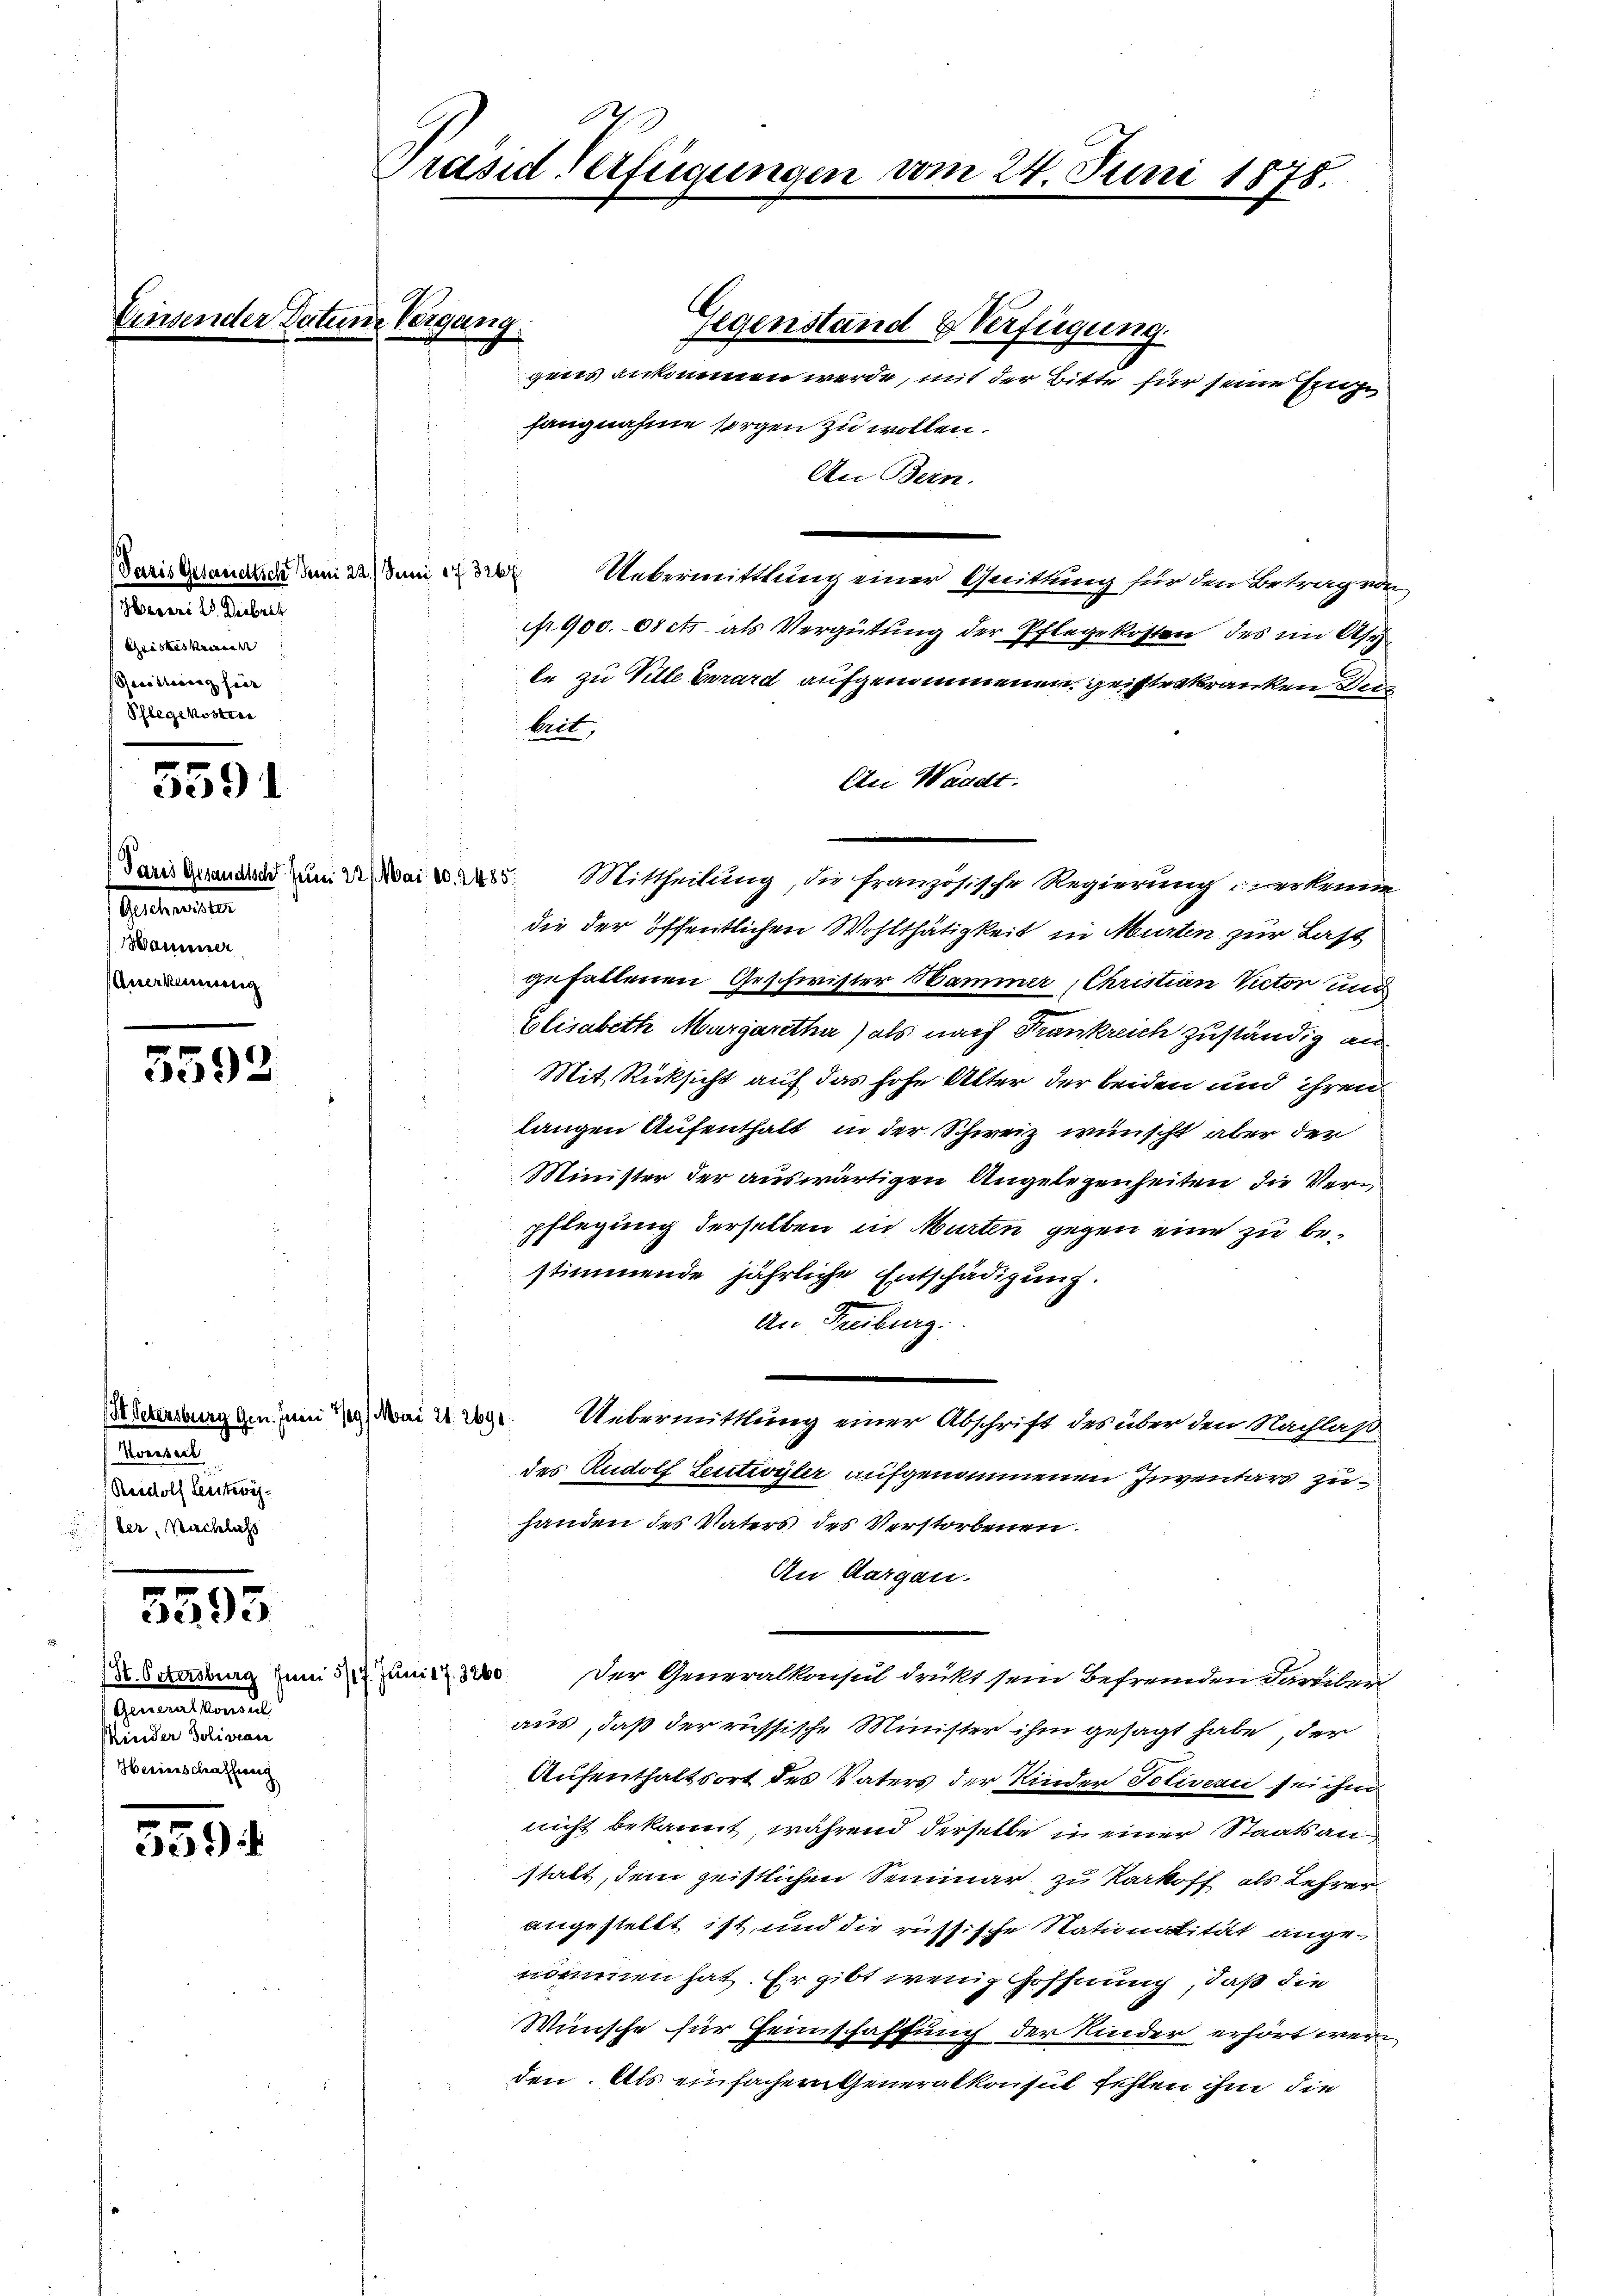
onnen

Paris Gesammeltsch derm 22. Juni 173207
Haveri V. Decbrit
Griskus Kriegen
Geisterung hier |
Schlegekosten

5591

letenden
Hammener
Anerkennung

5592

Kverseit
Rudolf Lentwäs
ter, Nachlachs

5595

(St. Ostersburg Juni 5/17. Juni 17. 3260
Gemmeltende
Minder Polivian
Herischen schweiz

5394

Präsid Verfügungen vom 24. Juni 1875.

Gegenstand & Verfügung.
gens ankommen werde, mit der Bitte für seine Enge
fangnahme sorgen zu wollen.
An Bern.
Uebermittlung einer Quittung für den Betrag von
Nr. 900. oder als Vergütung der Pflegekosten des im Asy
te zu Ville Girard aufgenommenen geisteskranken der
beit,
An Waadt.
Paris Branden zum Dr. Mai 185. Mittheilung, die französische Regierung, verkenne
die der öffentlichen Wohlthätigkeit in Murten zur Last
gefallenen Geschwister Hammer , Christian Victor und
Elisabeth Margaretha) als nach Frankreich zuständig an
Mit Rücksicht auf das hohe Alter der beiden und ihren
langen Aufenthalt in der Schweiz wünscht aber der
Minister der auswärtigen Angelegenheiten, die Verpflegung derselben in Murten gegen eine zu bestimmende jährliche Entschädigung.
An Freiburg.
Seckenburg eine dai 229. Uebermittlung einer Abschrift des über den Nachlaß
des Rudolf Seutwyler aufgenommenen Inventars zu
handen des Vaters des Verstorbenen.
An Aargau.
Der Generalkonsul drückt sein Befremden darüber
aus, daß der russische Minister ihm gesagt habe, der
Aufenthaltsort des Vaters der Kinder Poliveri sei ihm
nicht bekannt, während derselbe in einer Staatsanstatt, dem geistlichen Seminar zu Kartoff als Lehren
angestellt ist, und die russische Nationalität angenommen hat. Er gibt wenig Hoffnung, daß die
Wünsche für Heimschaffung der Kinder erhört werden. Als einfachern Generalkonsul fehlen ihm die

der Datum Vergang.